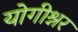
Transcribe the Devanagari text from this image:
योगीश्नर